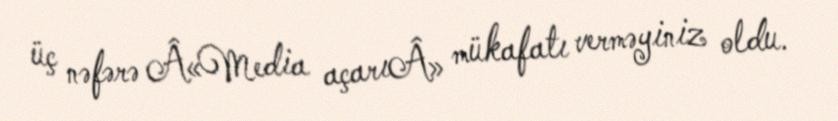
üç nəfərə Â«Media açarıÂ» mükafatı verməyiniz oldu.